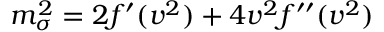
m _ { \sigma } ^ { 2 } = 2 f ^ { \prime } ( v ^ { 2 } ) + 4 v ^ { 2 } f ^ { \prime \prime } ( v ^ { 2 } )